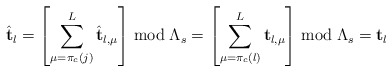
\begin{align*}\hat{\mathbf{t}}_{l}=\left[\sum_{\mu=\pi_{c}\left(j\right)}^{L}\hat{\mathbf{t}}_{l,\mu}\right]\bmod\Lambda_{s}=\left[\sum_{\mu=\pi_{c}\left(l\right)}^{L}\mathbf{t}_{l,\mu}\right]\bmod\Lambda_{s}=\mathbf{t}_{l}\end{align*}